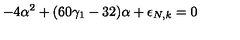
- 4 \alpha ^ { 2 } + ( 6 0 \gamma _ { 1 } - 3 2 ) \alpha + \epsilon _ { N , k } = 0